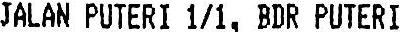
JALAN PUTERI 1/1, BDR PUTERI